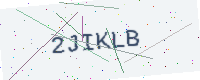
Text: 2JIKLB